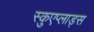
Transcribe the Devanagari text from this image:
स्कुएप्लाड्स